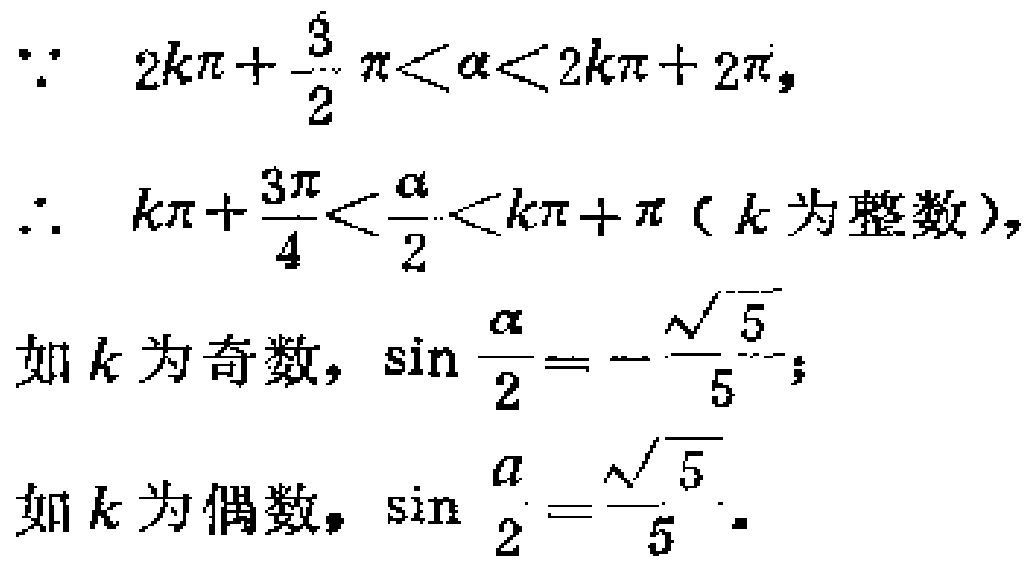
\[\because 2k\pi+\frac{3}{2}\pi<\alpha<2k\pi + 2\pi,\]
\[\therefore k\pi+\frac{3\pi}{4}<\frac{\alpha}{2}<k\pi+\pi\ (k\text{ 为整数}),\]
\[如k为奇数，\sin\frac{\alpha}{2}=-\frac{\sqrt{5}}{5};\]
\[如k为偶数，\sin\frac{\alpha}{2}=\frac{\sqrt{5}}{5}.\]